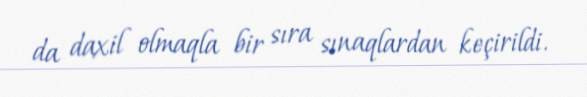
da daxil olmaqla bir sıra sınaqlardan keçirildi.